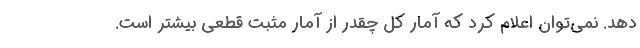
دهد. نمی‌توان اعلام کرد که آمار کل چقدر از آمار مثبت قطعی بیشتر است.